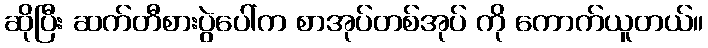
ဆိုပြီး ဆက်တီစားပွဲပေါ်က စာအုပ်တစ်အုပ် ကို ကောက်ယူတယ်။